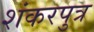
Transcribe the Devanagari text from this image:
शंकरपुत्र